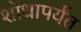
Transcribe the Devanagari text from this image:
शोधापर्यंत